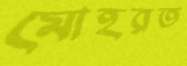
মোহরত